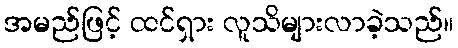
အမည်ဖြင့် ထင်ရှား လူသိများလာခဲ့သည်။